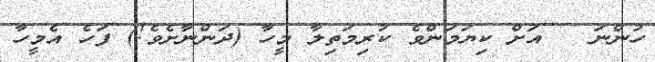
ހުންނަ   އަށް ކިޔަމަންވެ ކުރިމަތިލާ މީހާ (ދަންނާށެވެ!) ފަހެ އެމީހާ